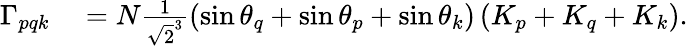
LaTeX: \begin{array}{rl}{\Gamma_{pqk}}&{{}=N\frac{1}{\sqrt{2}^{3}}\left(\sin\theta_{q}+\sin\theta_{p}+\sin\theta_{k}\right)\left(K_{p}+K_{q}+K_{k}\right).}\end{array}